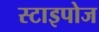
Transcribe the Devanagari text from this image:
स्टाइपोज